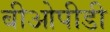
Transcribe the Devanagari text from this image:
बीओपीडी